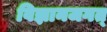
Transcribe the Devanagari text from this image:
विज्ञानजगत्‌